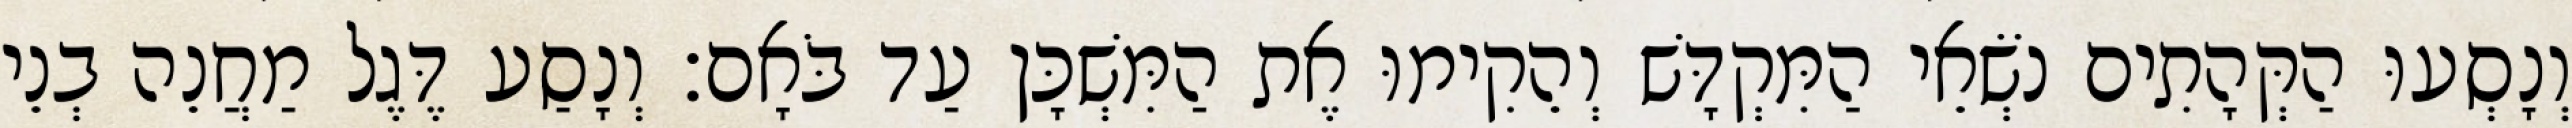
וְנָסְעוּ הַקְּהָתִים נֹשְׂאֵי הַמִּקְדָּשׁ וְהֵקִימוּ אֶת הַמִּשְׁכָּן עַד בֹּאָם׃ וְנָסַע דֶּגֶל מַחֲנֵה בְנֵי